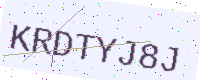
Text: KRDTYJ8J